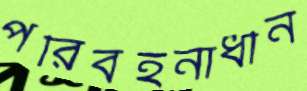
পরিবহনাধীন